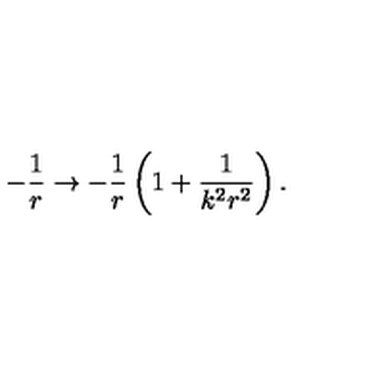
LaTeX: - \frac { 1 } { r } \rightarrow - \frac { 1 } { r } \left( 1 + \frac { 1 } { k ^ { 2 } r ^ { 2 } } \right) .